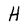
Character: H